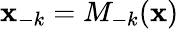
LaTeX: {\mathbf x}_{-k}=M_{-k}({\mathbf x})